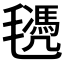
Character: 𣰜